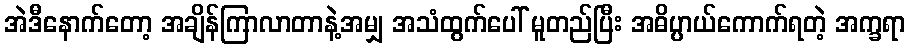
အဲဒီနောက်တော့ အချိန်ကြာလာတာနဲ့အမျှ အသံထွက်ပေါ် မူတည်ပြီး အဓိပ္ပာယ်ကောက်ရတဲ့ အက္ခရာ